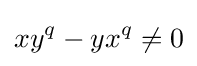
xy^{q}-yx^{q}\neq 0